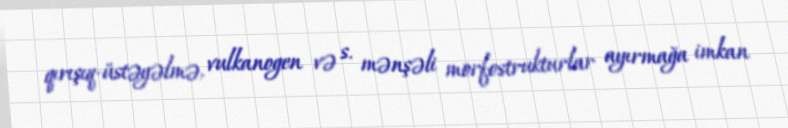
qırışıq-üstəgəlmə, vulkanogen və s. mənşəli morfostrukturlar ayırmağa imkan